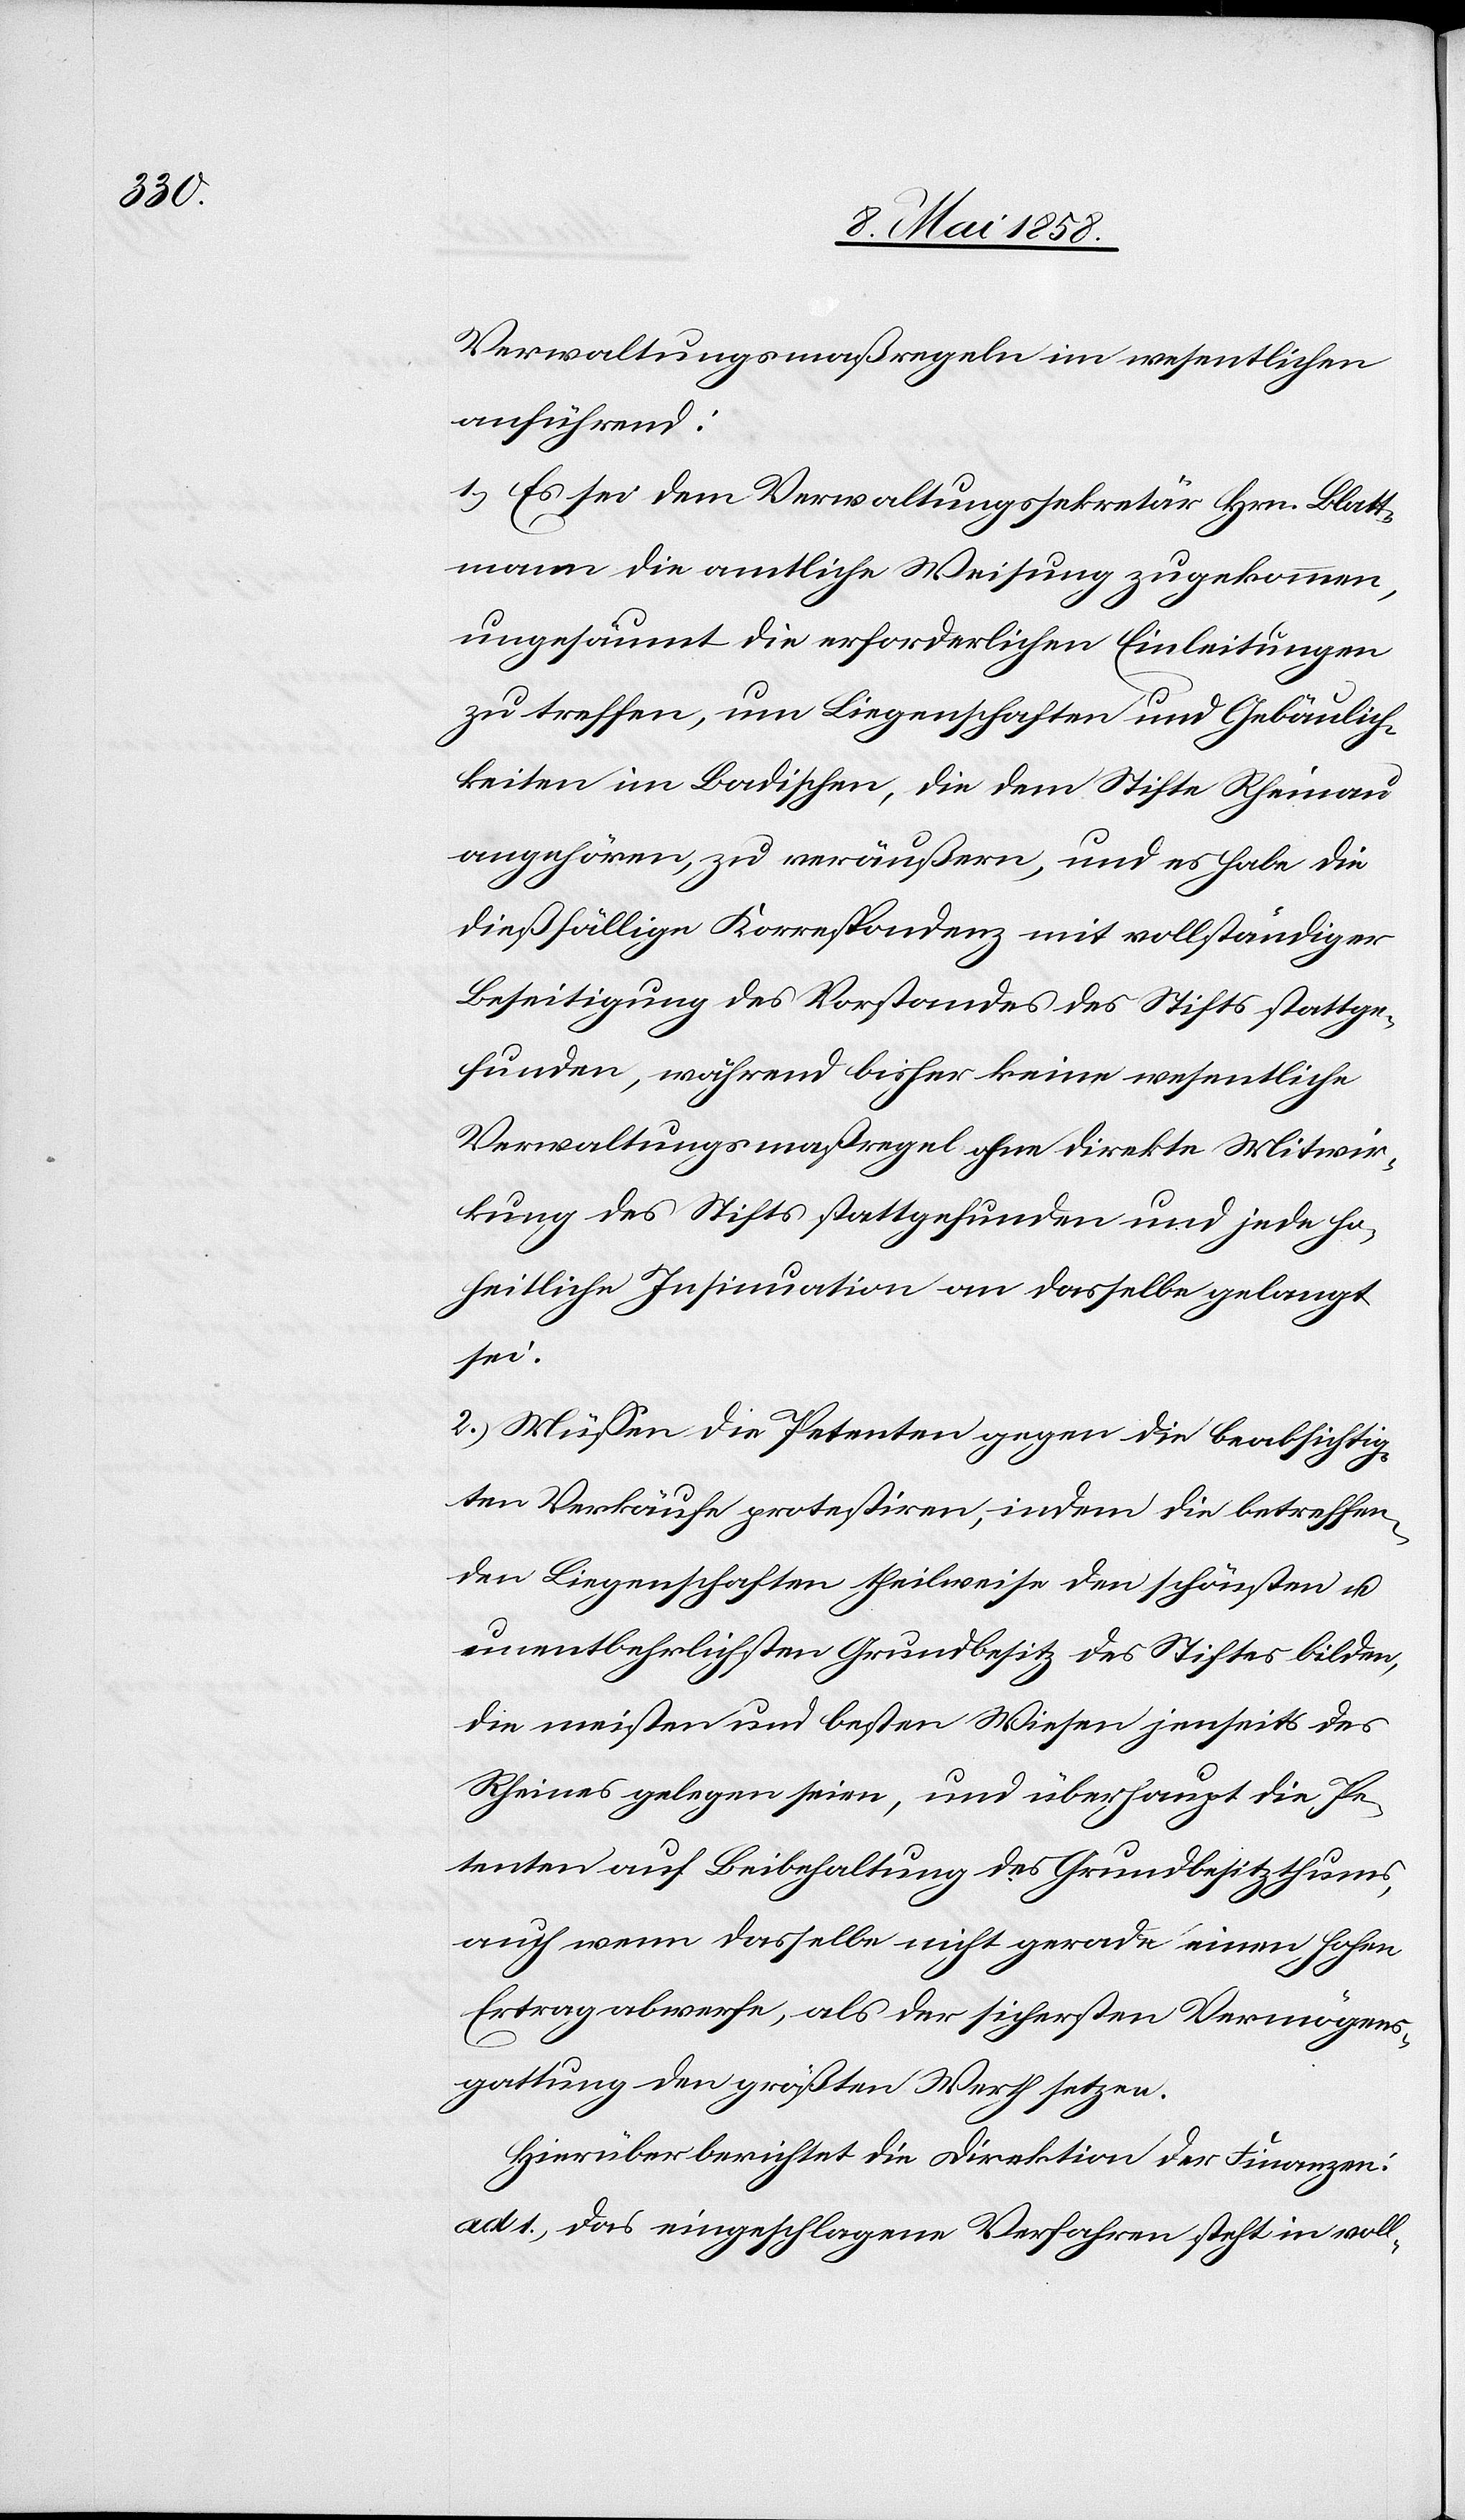
Verwaltungsmaßregeln im wesentlichen
anführend:
1.) Es sei dem Verwaltungssekretär Hrn. Blatt¬
mann die amtliche Weisung zugekommen,
ungesäumt die erforderlichen Einleitungen
zu treffen, um Liegenschaften und Gebäulich¬
keiten im Badischen, die dem Stifte Rheinau
angehören, zu veräußern, und es habe die
dießfällige Korrespondenz mit vollständiger
Beseitigung des Vorstandes des Stifts stattge¬
funden, während bisher keine wesentliche
Verwaltungsmaßregeln ohne direkte Mitwir¬
kung des Stifts stattgefunden und jede ho¬
heitliche Insinuation an dasselbe gelangt
sei.
2.) Müssen die Petenten gegen die beabsichtig¬
ten Verkäufe protestiren, indem die betreffen¬
den Liegenschaften theilweise den schönsten u.
unentbehrlichsten Grundbesitz des Stiftes bilden,
die meisten und besten Wiesen jenseits des
Rheines gelegen seien, und überhaupt die Pe¬
tenten auf Beibehaltung des Grundbesitzthums,
auch wenn dasselbe nicht gerade einen hohen
Ertrag abwerfe, als der sichersten Vermögens¬
gattung den größten Werth setzen.
Hierüber berichtet die Direktion der Finanzen:
ad 1.) Das eingeschlagene Verfahren steht in voll-